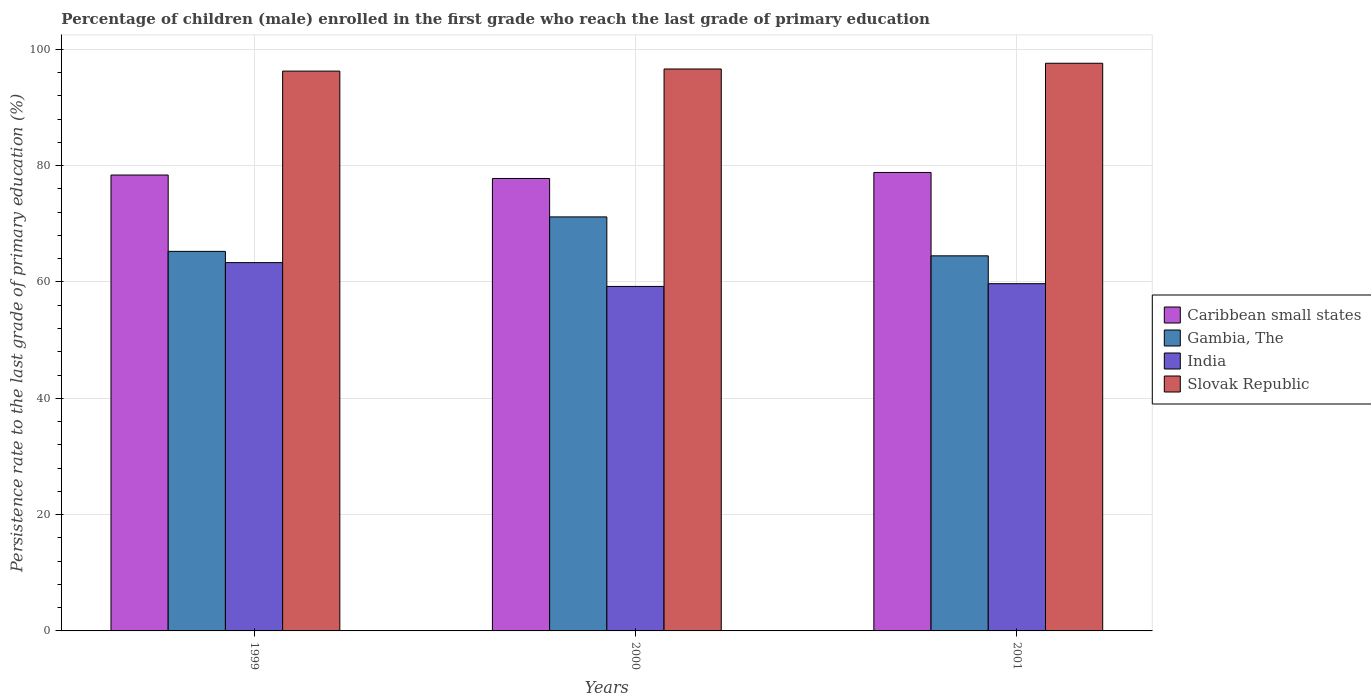
| Years | Caribbean small states | Gambia, The | India | Slovak Republic |
 | --- | --- | --- | --- | --- |
 | 1999 | 78.4 | 65.3 | 63.3 | 96.3 |
 | 2000 | 77.8 | 71.2 | 59.2 | 96.6 |
 | 2001 | 78.8 | 64.5 | 59.7 | 97.6 |